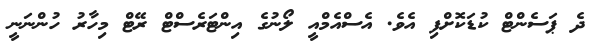
ދެ ޕަސެންޓް ކުޑަކޮށްފި އެވެ. އެސްއެމްއީ ލޯނުގެ އިންޓަރެސްޓް ރޭޓް މިހާރު ހުންނަނީ